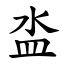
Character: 泴